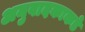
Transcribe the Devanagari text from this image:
अनुवादकाकडे